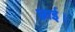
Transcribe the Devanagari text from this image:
छाई।